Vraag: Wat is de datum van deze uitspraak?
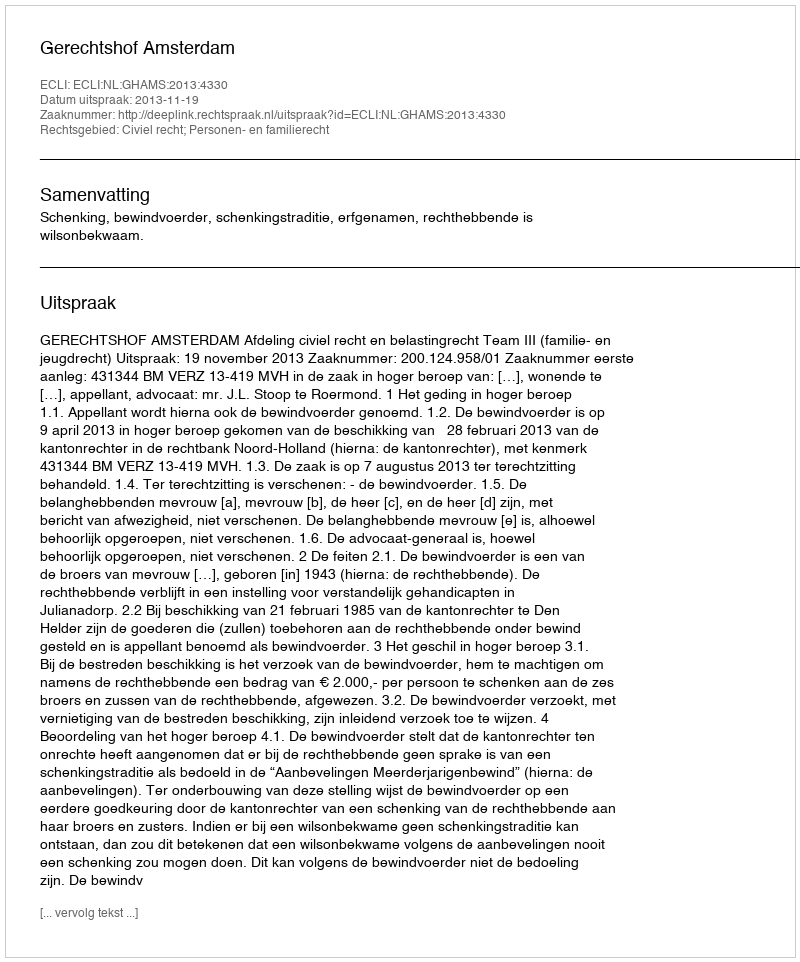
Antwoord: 2013-11-19